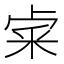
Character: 𥹄